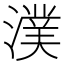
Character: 𣾴